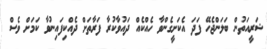
ޝަރީއަތުން ބަލަންޖެހޭ ފަދަ އެކަށީގެންވާ ހެއްކެއް ދައުވާކުރާ ފަރާތަށް ދެއްކިފައިނުވާ ކަމަށް ވެސް